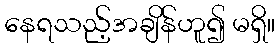
နေရသည့်အချိန်ဟူ၍ မရှိ။